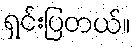
ရှင်းပြတယ်။